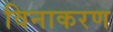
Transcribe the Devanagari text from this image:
विनाकरण